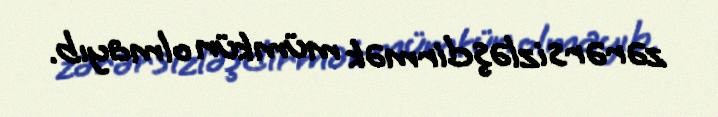
zərərsizləşdirmək mümkün olmayıb.